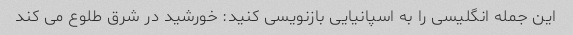
این جمله انگلیسی را به اسپانیایی بازنویسی کنید: خورشید در شرق طلوع می کند